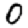
Digit: 0